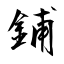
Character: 鋪